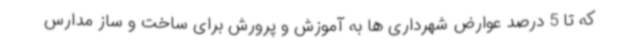
که تا 5 درصد عوارض شهرداری ها به آموزش و پرورش برای ساخت و ساز مدارس